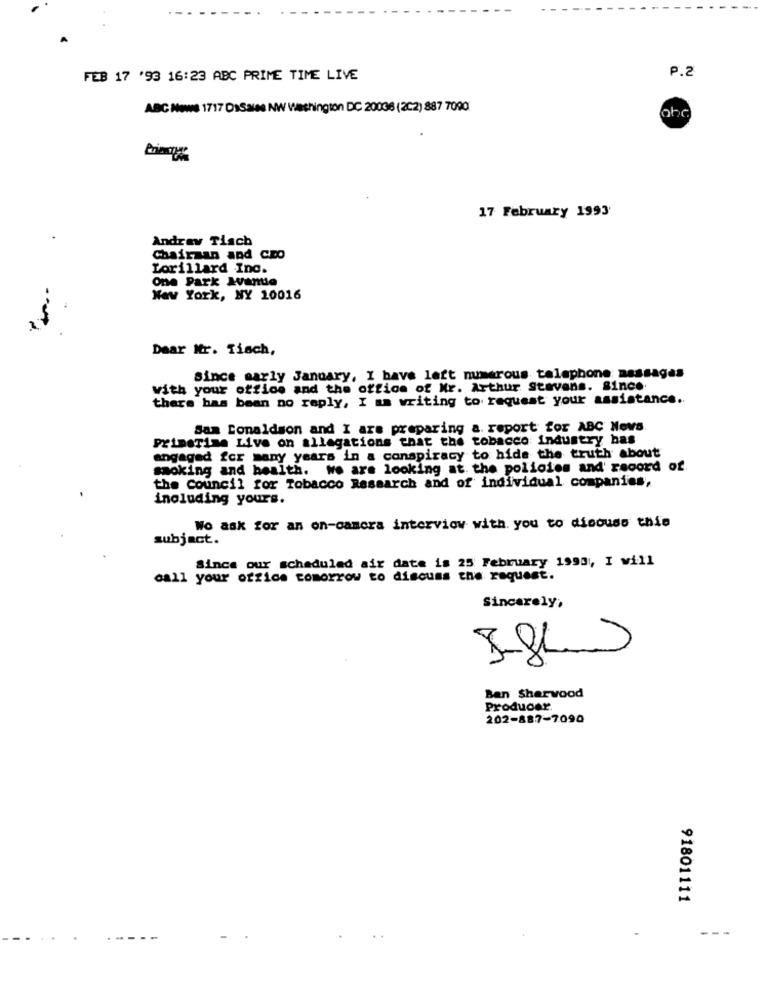
P.2
FEB 17 '93 16:23 ABC PRIME TIME LIVE
ABC News 1717 DSSale NW Washington DC 20036 (2C2) 887 7090
abc.
17 February 1993
Andray Tisch
Chairman and Coo
Lorillard Inc.
One Park Avantie
Nav York, NY 10016
Dear Mr. Tisch,
Since early January, I have left numerous telephone messages
with your office and the office of Mr. Arthur Stevens. Since
there has bean no reply, I am writing to request your assistance ..
Sam Donaldson and I are preparing a. report for ABC News
primeTime Live on allegations that the tobacco industry has
engaged for many years in a conspiracy to hide the truth about
smoking and health. we are looking at the policies and' record of.
the Council for Tobacco Research and of individual companies,
including yours.
Wo ask for an on-camera interview with you to discuss this
subject.
Since our scheduled air date is 25 February 1990, I will
call your office tomorrow to discuss the request.
Sincerely,
Ban Sherwood
Producer.
202-887-7090
91801111
---